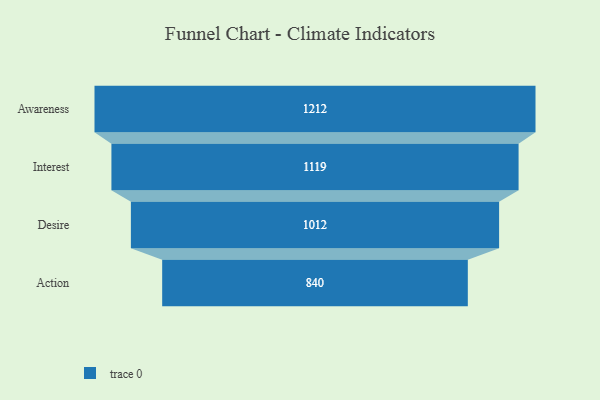
{"axis": {"x": "Stage", "y": "Value"}, "legend": [""], "data": [{"x": "Awareness", "y": 1212.0, "type": ""}, {"x": "Interest", "y": 1119.0, "type": ""}, {"x": "Desire", "y": 1012.0, "type": ""}, {"x": "Action", "y": 840.0, "type": ""}]}